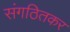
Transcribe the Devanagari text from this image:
संगठितकर